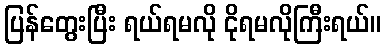
ပြန်တွေးပြီး ရယ်ရမလို ငိုရမလိုကြီးရယ်။